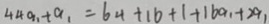
4 4 a _ { 1 } + a _ { 1 } = 6 4 + 1 6 + 1 + 1 6 a _ { 1 } + 2 a _ { 1 }